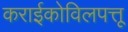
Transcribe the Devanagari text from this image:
कराईकोविलपत्तू